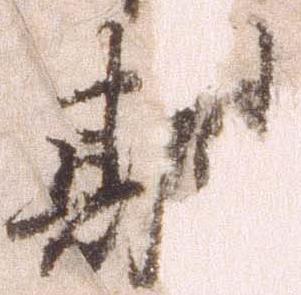
期